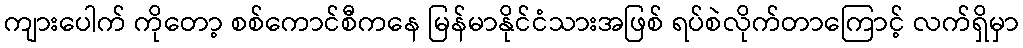
ကျားပေါက် ကိုတော့ စစ်ကောင်စီကနေ မြန်မာနိုင်ငံသားအဖြစ် ရပ်စဲလိုက်တာကြောင့် လက်ရှိမှာ